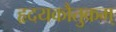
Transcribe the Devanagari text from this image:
हृदयकौतुकम्‌